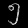
Digit: ၅